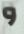
و